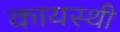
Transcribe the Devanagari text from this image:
कायस्थी